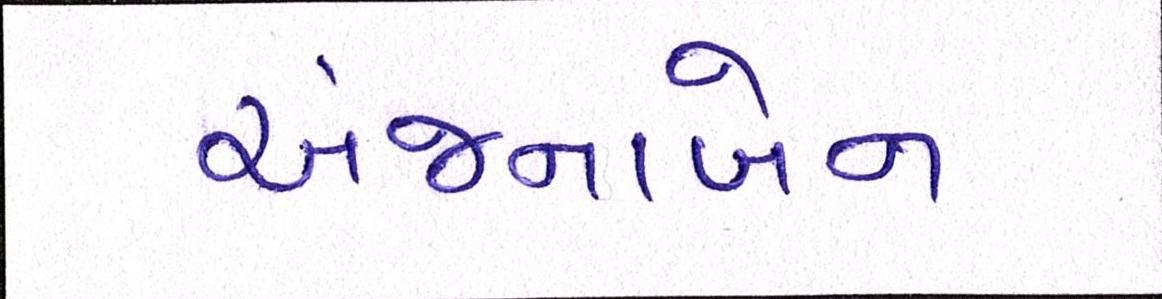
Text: અંજનાબેન